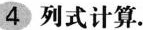
4 列式计算.